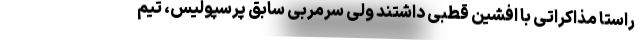
راستا مذاکراتی با افشین قطبی داشتند ولی سرمربی سابق پرسپولیس، تیم